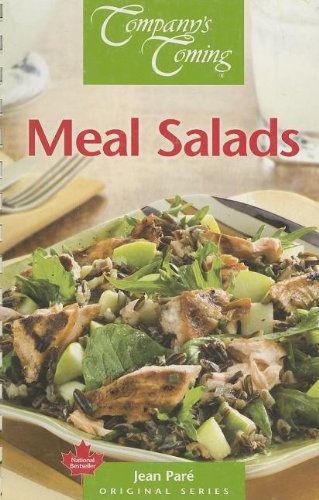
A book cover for Meal Salads (Original Series); Jean ParÃ©; Cookbooks, Food & Wine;